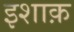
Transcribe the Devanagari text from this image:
इशाक़